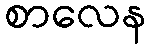
စာလေန